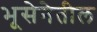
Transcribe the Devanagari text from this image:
भूसेनेतील